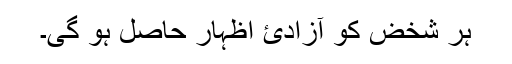
ہر شخض کو آزادئ اظہار حاصل ہو گی۔